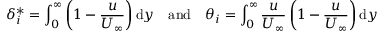
\delta _ { i } ^ { * } = \int _ { 0 } ^ { \infty } \left( 1 - \frac { u } { U _ { \infty } } \right) \mathrm { d } y \quad \mathrm { a n d } \quad \theta _ { i } = \int _ { 0 } ^ { \infty } \frac { u } { U _ { \infty } } \left( 1 - \frac { u } { U _ { \infty } } \right) \mathrm { d } y